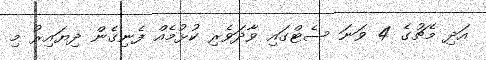
އަދި މެޗުގެ 4 ވަނަ ސެޓްގައި ވާދަވެރި ކުޅުމެއް ފެނިގެން ދިޔައިރު މި